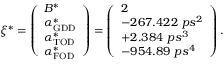
\xi ^ { * } = \left( \begin{array} { l } { B ^ { * } } \\ { \alpha _ { \mathrm { G D D } } ^ { * } } \\ { \alpha _ { \mathrm { T O D } } ^ { * } } \\ { \alpha _ { \mathrm { F O D } } ^ { * } } \end{array} \right) = \left( \begin{array} { l } { 2 } \\ { - 2 6 7 . 4 2 2 \ p s ^ { 2 } } \\ { + 2 . 3 8 4 \ p s ^ { 3 } } \\ { - 9 5 4 . 8 9 \ p s ^ { 4 } } \end{array} \right) .